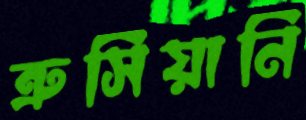
ত্রুসিয়ানি